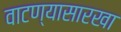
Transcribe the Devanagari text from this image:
वाटण्यासारखा